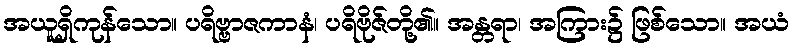
အယူရှိကုန်သော။ ပရိဗ္ဗာဇကာနံ၊ ပရိဗိုဇ်တို့၏။ အန္တရာ၊ အကြား၌ ဖြစ်သော။ အယံ